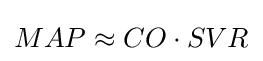
MAP\approx CO\cdot SVR